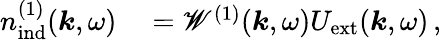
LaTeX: \begin{array}{rl}{{n}_{\mathrm{ind}}^{(1)}(\boldsymbol{k},\omega)}&{{}=\mathscr{W}^{(1)}(\boldsymbol{k},\omega){U}_{\mathrm{ext}}(\boldsymbol{k},\omega)\, ,}\end{array}